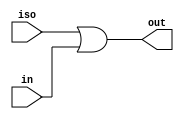
//#############################################################################
//# Function: Power isolation circuit                                         #
//# Copyright: Lambda Project Authors. All rights Reserved.                   #
//# License:  MIT (see LICENSE file in Lambda repository)                     #
//#############################################################################

module la_isohi #(
    parameter PROP = "DEFAULT"
) (
    input  iso,  // isolation signal
    input  in,   // input
    output out   // out = iso | in
);

    assign out = iso | in;

endmodule